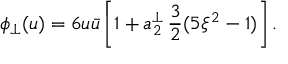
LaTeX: \phi _ { \perp } ( u ) = 6 u \bar { u } \left[ 1 + a _ { 2 } ^ { \perp } \, \frac { 3 } { 2 } ( 5 \xi ^ { 2 } - 1 ) \right] .